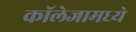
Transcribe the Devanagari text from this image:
कॉलेजामध्ये